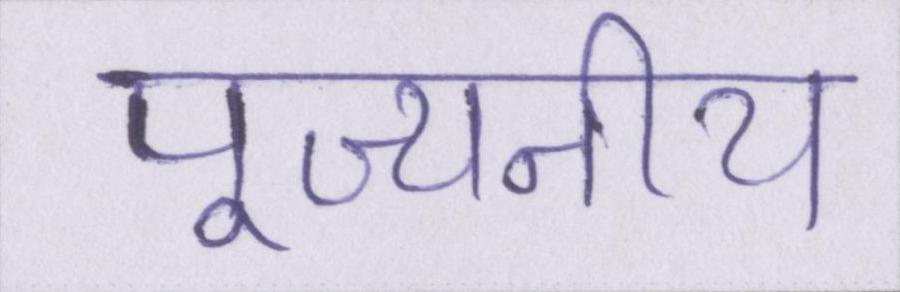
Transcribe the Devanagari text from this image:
पूज्यनीय